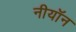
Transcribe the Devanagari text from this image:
नीयॉन